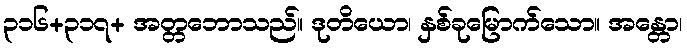
၃၁၆+၃၁၇+ အတ္တဘောသည်။ ဒုတိယော၊ နှစ်ခုမြောက်သော။ အန္တော၊